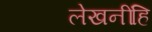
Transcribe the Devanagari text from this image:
लेखनींहि